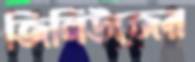
জিনিউজের